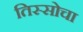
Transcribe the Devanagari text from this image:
तिस्सोचा